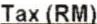
TAX (RM)